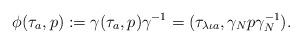
LaTeX: \begin{align*}\phi (\tau_a, p) := \gamma (\tau_a, p) \gamma^{-1} = (\tau_{\lambda \iota a}, \gamma_N p \gamma_N^{-1}).\end{align*}